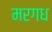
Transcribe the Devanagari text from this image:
मरगध